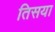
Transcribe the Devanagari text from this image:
तिसया